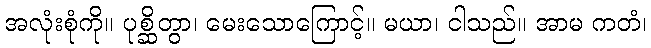
အလုံးစုံကို။ ပုစ္ဆိတွာ၊ မေးသောကြောင့်။ မယာ၊ ငါသည်။ အာမ ကတံ၊